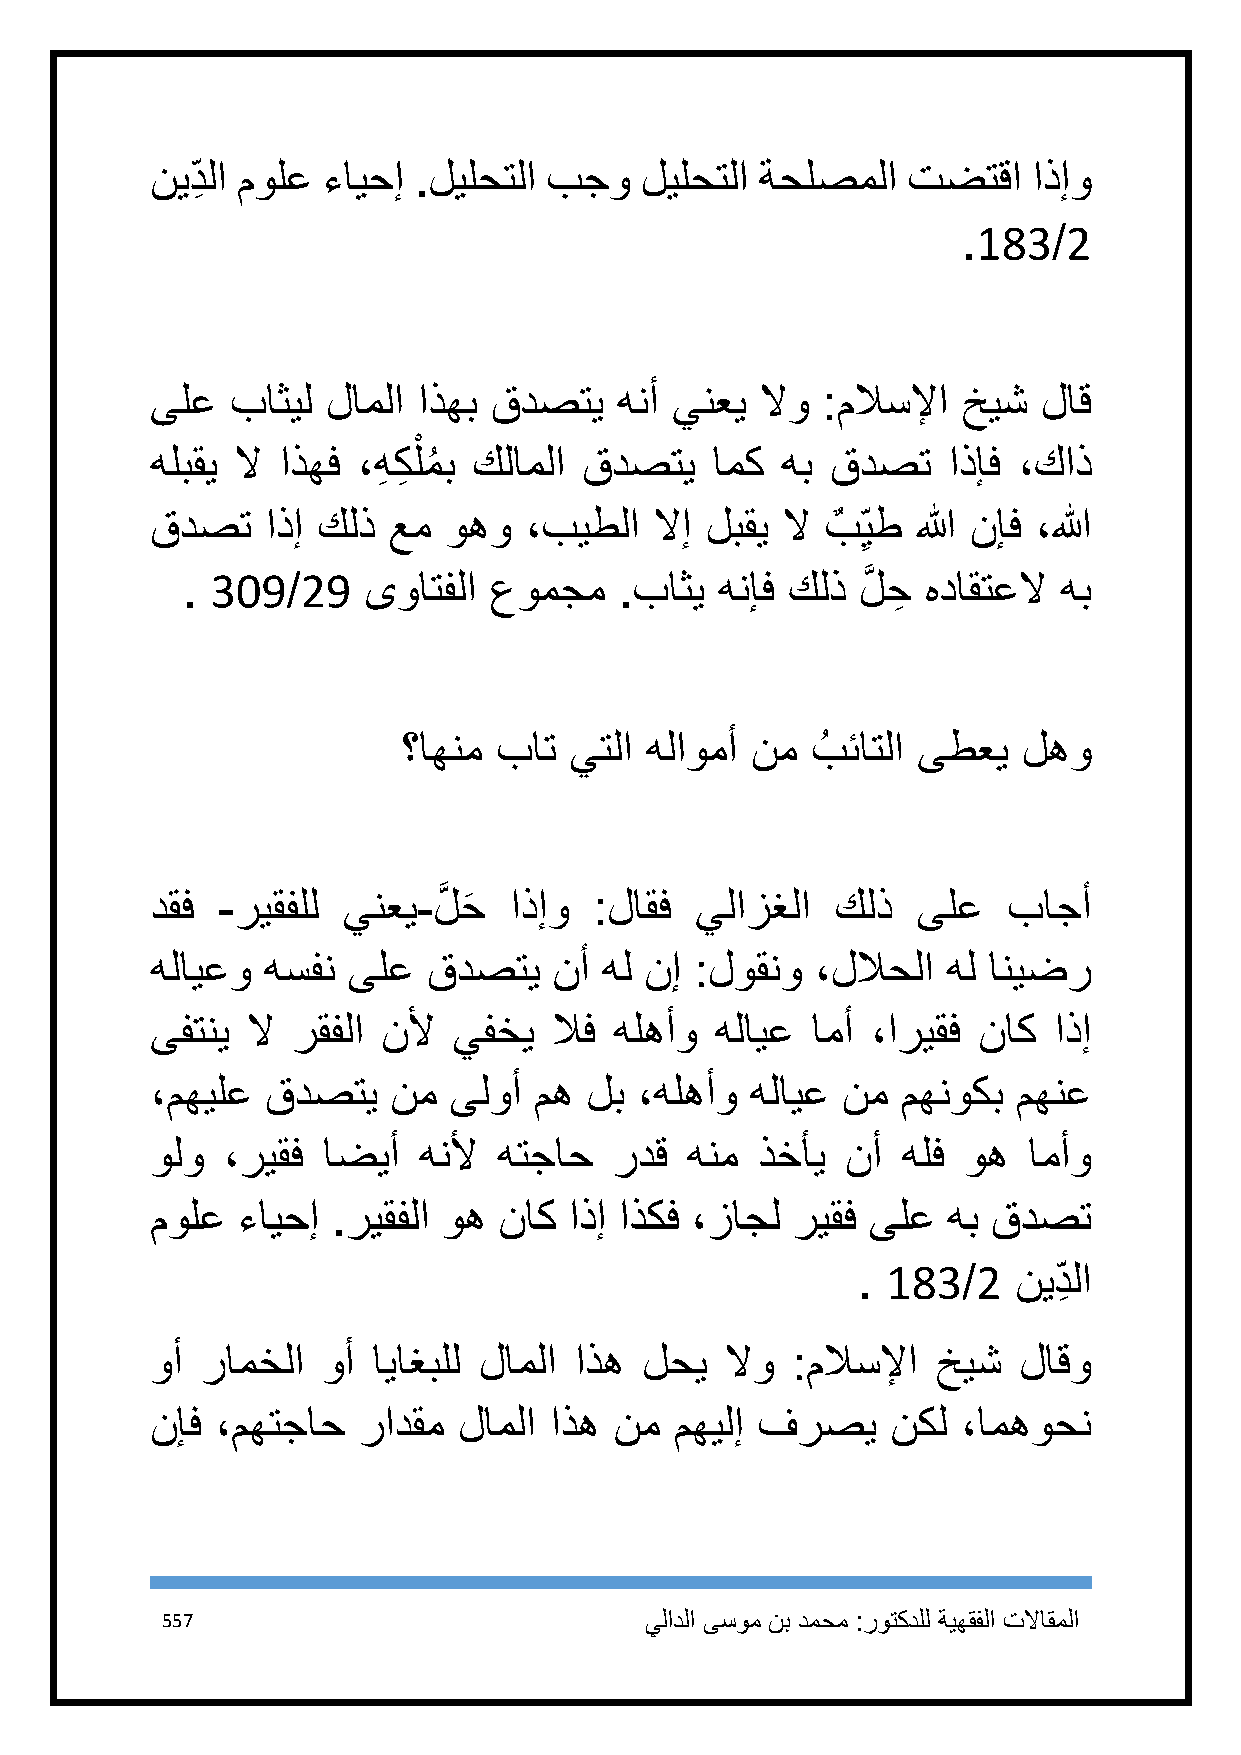
نيد ِ لا مولع ءايحإ .ليلحتلا بجو ليلحتلا ةحلصملا  تضتقا   اذإو
 .183/2
 ىلع  باثيل  لاملا اذهب قدصتي   هنأ ينعي لاو :ملاسلإا  خيش  لاق
 ْ
 هلبقي لا اذهف ،هِ كِ لمُ ب كلاملا قدصتي امك هب قدصت  اذإف ،كاذ
 قدصت    اذإ كلذ عم وهو   ،بيطلا  لاإ لبقي لا بٌ ِيط الله نإف ،الله
 . 319/29    ىواتفلا عومجم    .باثي  هنإف كلذ لَّ حِ هداقتعلا هب
 ؟اهنم بات  يتلا هلاومأ نم  بُ ئاتلا ىطعي لهو
 دقف -ريقفلل  ينعي- لَّ حَ اذإو :لاقف يلازغلا كلذ   ىلع   باجأ
 هلايعو هسفن  ىلع  قدصتي    نأ هل نإ :لوقنو  ،للاحلا  هل انيضر
 ىفتني لا رقفلا نلأ  يفخي   لاف هلهأو هلايع  امأ ،اريقف ناك  اذإ
 ،مهيلع  قدصتي   نم  ىلوأ مه  لب ،هلهأو  هلايع نم  مهنوكب مهنع
 ولو  ،ريقف اضيأ   هنلأ هتجاح   ردق هنم  ذخأي  نأ  هلف وه  امأو
 مولع  ءايحإ .ريقفلا وه ناك  اذإ اذكف ،زاجل ريقف ىلع  هب قدصت
 . 183/2   نيد ِ لا
 وأ رامخلا  وأ  اياغبلل لاملا اذه لحي  لاو :ملاسلإا  خيش  لاقو
 نإف ،مهتجاح   رادقم لاملا اذه  نم  مهيلإ فرصي    نكل  ،امهوحن
 557                             يلادلا ىسوم نب دمحم :روتكدلل ةيهقفلا تلااقملا